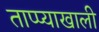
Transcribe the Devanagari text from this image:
ताप्प्याखाली